King Institute of Preventive Medicine Micro-Biological Section reports 1909-11
Year: 1909
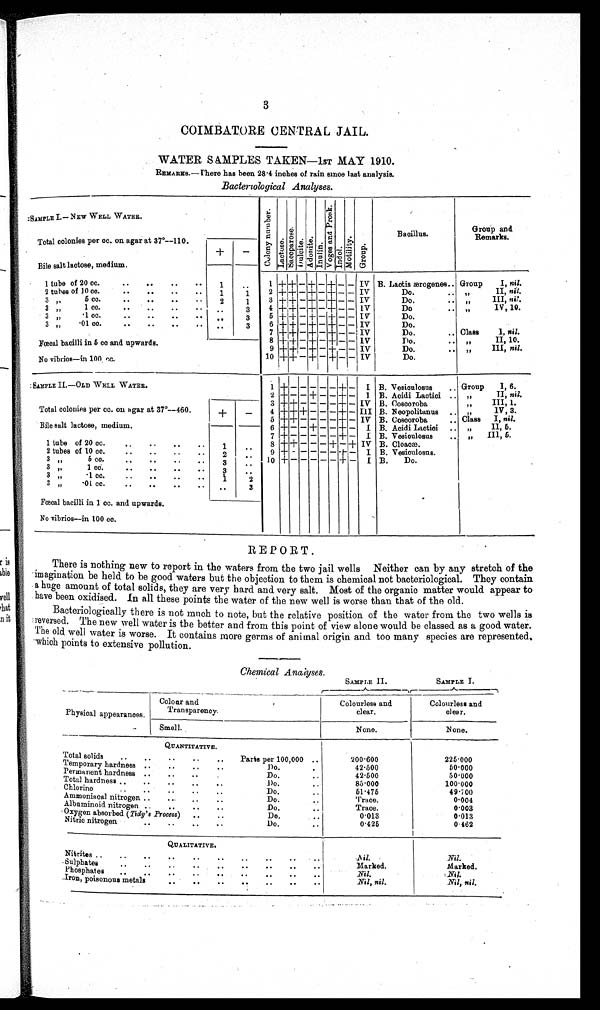
3
COIMBATORE CENTRAL JAIL.
WATER SAMPLES TAKEN—1sT MAY 1910.
REMARKS.—There has been 28 . 4 inches of rain since last analysis.
Bacteriological Analyses.
SAMPLE I.— NEW WELL WATER.
C o l o n y n u mb e r .
L a c t o s e .
Sa c opa r os e . Dul ci t e.
A d o n i t e .
I n n u l i n
V o g e s a n d P r o s k .
Indol
Mot i l i t y.
G r o u p .
Bacillus.
Group and
Remarks.
Total colonies per cc. on agar at 37°—110.
+
–
Bile salt lactose, medium.
Group
I, nil.
1 tube of 20 cc.
..
..
.. ..
1
..
1
+ + – + — + — — IV
B. Lactis ærogenes
. ..
2
t u b e s o f
10 cc. . . . . . .
1
1
2 +
+ – + – + — — IV
Do.
.. ,,
II, n i l .
3
5 cc. . . . . . .
2
1
3 + + – + – + – – IV
Do.
.. ,,
III, n i l .
3
, ,
1 cc . . . . . .
. .
3
4
+ + – + – + – – IV
Do
..
IV, 10.
71
3
, ,
.1 cc. . . . . . .
. .
3
5
+ + – + – + – – IV
Do.
3
, ,
.01 cc.
..
. .
3
6 + + – + – + – – IV
Do.
7
+ + – + – + – – IV
Do.
.. Class
I, nil.
8
+ + – + – + – – IV
Do. .. ,,
II, 10.
Fœcal bacilli in 5 cc and upwards.
,,
III, n i l .
9 + + – + – + – – IV
Do.
..
No vibrios—in 100 cc.
10 + + – + – + –
– IV
Do.
SAMPLE II.—OLD WELL WATER.
1 +
– – – – – + – I B. Vesiculosus
.. Group
I, 6.
,,
II, nil.
+ — — + —
– + —
I B. Acidi Lactici ..
+
—
2
3 ++ + – – – – + – IV B. Coscoroba
,, III, 1.
,,
IV, 3.
Total colonies per cc. on agar at 37°—460.
4 ++ + — — — + — III B. Neopolitanus
..
Class
I, nil.
Bile salt lactose, medium.
5 ++ — — — — + — IV B. Coscoroba
..
6 + — — + — — + —
I B. Acidi Lactici
..
„
II, 5.
7 +
+ — I B. Vesioulosus
..
„
III, 5 .
1 tube of 20 cc. .. .. .. ..
8 +
+ – – – + – + IV B. Cloacæ.
2 tubes of 10 co.
..
..
..
..
2
. .
9 + — — — — – —
I B. Vesioulosus.
3 If
5 cc.
..
..
..
..
3
. .
10
+ – – – – + — I B.
Do.
3
, ,
1 cc.
..
..
..
..
3
3
, ,
.1 cc.
..
2
„
.01 cc.
..
..
..
..
..
3
Fcecal bacilli in 1 cc. and upwards.
No vibrios—in 100 cc.
REPORT.
There is nothing new to report in the waters from the two jail wells Neither can by any stretch of the
imagination be held to be good waters but the objection to them is chemical not bacteriological. They contain
a huge amount of total solids, they are very hard and very salt. Most of the organic matter would appear to
have been oxidised. In all these points the water of the new well is worse than that of the old.
Bacteriologically there is not much to note, but the relative position of the water from the two wells is
reversed. The new well water is the better and from this point of view alone would be classed as a good water.
The old well water is worse. It contains more germs of animal origin and too many species are represented,
which points to extensive pollution.
Chemical Analyses.
SAMPLE II.
S A M P L E I .
Colourless and
clear.
Colourless and
c l e a r .
Physical appearanoes.
Colour an
d Transparency'.
Smell.
None.
None.
QUANTITATIVE.
Total solids
..
..
.. .. ..
Temporary hardness .. . . . . . .
Permanent hardness .. . . . . . .
Total hardness ..
.. . . . . . .
Chlorine .. .. .. .. ..
Ammoniacal nitrogen ..
. .
. .
. .
Albuminoid nitrogen .. . .
Oxygen absorbed (Tidy's Process) . . . . . . . . . .
..
Nitric nitrogen
..
Parts per 100,000 ..
200.600
225.000
Do. . .
42.500
50.000
Do.
. .
42.500
50.000
Do.
. .
85.000
100.000
Do.
. .
51.475
49.700
Do.
. .
Trace.
0.004
Do.
. .
Trace.
0.003
Do.
. .
0.013
0.013
Do.
. .
0.425
0 462
QUALITATIVE.
Nitrites..
..
..
. .
. .
. .
. .
. .
N
i l .
Nil.
Sulphates
..
..
. .
. .
. .
..
. .
Marked.
Marked.
Phosphates
..
..
. .
. .
. .
..
..
..
. .
Nil.
Nil .
Iron, poisonous metals
..
..
..
.. . .
. .
Nil, nil.
Nil, nil.